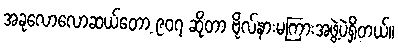
အခုလောလောဆယ်တော့ ၉၀၇ ဆိုတာ ဗိုလ်နားမကြားအဖွဲ့ပဲရှိတယ်။